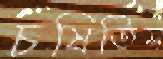
চষিতিস